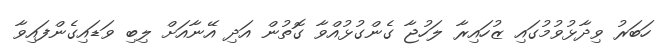
ހަބަރު ވިދާޅުވުމުގައި ޒުހައިރާ ލަހުޖާ ގެންގުޅުއްވާ ގޮތުން އަދި އޭނާއަށް ލިބި ވަޑައިގެންފައިވާ